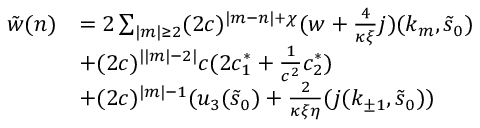
\begin{array} { r l } { \tilde { w } ( n ) } & { = 2 \sum _ { \vert m \vert \ge 2 } ( 2 c ) ^ { \vert m - n \vert + \chi } ( w + \frac { 4 } { \kappa \xi } j ) ( k _ { m } , \tilde { s } _ { 0 } ) } \\ & { + ( 2 c ) ^ { \vert \vert m \vert - 2 \vert } c ( 2 c _ { 1 } ^ { \ast } + \frac 1 { c ^ { 2 } } c _ { 2 } ^ { \ast } ) } \\ & { + ( 2 c ) ^ { \vert m \vert - 1 } ( u _ { 3 } ( \tilde { s } _ { 0 } ) + \frac 2 { \kappa \xi \eta } ( j ( k _ { \pm 1 } , \tilde { s } _ { 0 } ) ) } \end{array}